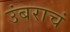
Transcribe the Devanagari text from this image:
उंबराचं